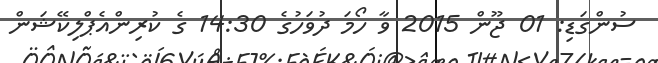
ސުންގަޑި: 01 ޖޫން 2015 ވާ ހޯމަ ދުވަހުގެ 14:30 ގެ ކުރިންއެޕްލިކޭޝަން